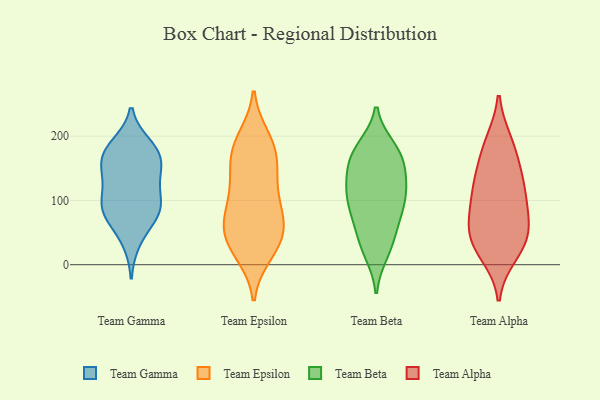
{"axis": {"x": "Budget (USD K)", "y": "Value"}, "legend": ["Team Alpha", "Team Beta", "Team Epsilon", "Team Gamma"], "data": [{"x": "", "y": 167, "type": "Team Gamma"}, {"x": "", "y": 166, "type": "Team Gamma"}, {"x": "", "y": 98, "type": "Team Gamma"}, {"x": "", "y": 186, "type": "Team Gamma"}, {"x": "", "y": 133, "type": "Team Gamma"}, {"x": "", "y": 78, "type": "Team Gamma"}, {"x": "", "y": 70, "type": "Team Gamma"}, {"x": "", "y": 182, "type": "Team Gamma"}, {"x": "", "y": 36, "type": "Team Gamma"}, {"x": "", "y": 95, "type": "Team Gamma"}, {"x": "", "y": 95, "type": "Team Gamma"}, {"x": "", "y": 82, "type": "Team Gamma"}, {"x": "", "y": 135, "type": "Team Gamma"}, {"x": "", "y": 172, "type": "Team Gamma"}, {"x": "", "y": 144, "type": "Team Gamma"}, {"x": "", "y": 16, "type": "Team Epsilon"}, {"x": "", "y": 36, "type": "Team Epsilon"}, {"x": "", "y": 103, "type": "Team Epsilon"}, {"x": "", "y": 168, "type": "Team Epsilon"}, {"x": "", "y": 19, "type": "Team Epsilon"}, {"x": "", "y": 191, "type": "Team Epsilon"}, {"x": "", "y": 28, "type": "Team Epsilon"}, {"x": "", "y": 65, "type": "Team Epsilon"}, {"x": "", "y": 66, "type": "Team Epsilon"}, {"x": "", "y": 170, "type": "Team Epsilon"}, {"x": "", "y": 190, "type": "Team Epsilon"}, {"x": "", "y": 142, "type": "Team Epsilon"}, {"x": "", "y": 54, "type": "Team Epsilon"}, {"x": "", "y": 129, "type": "Team Epsilon"}, {"x": "", "y": 54, "type": "Team Epsilon"}, {"x": "", "y": 151, "type": "Team Epsilon"}, {"x": "", "y": 91, "type": "Team Epsilon"}, {"x": "", "y": 198, "type": "Team Epsilon"}, {"x": "", "y": 63, "type": "Team Epsilon"}, {"x": "", "y": 103, "type": "Team Epsilon"}, {"x": "", "y": 64, "type": "Team Beta"}, {"x": "", "y": 73, "type": "Team Beta"}, {"x": "", "y": 113, "type": "Team Beta"}, {"x": "", "y": 117, "type": "Team Beta"}, {"x": "", "y": 148, "type": "Team Beta"}, {"x": "", "y": 113, "type": "Team Beta"}, {"x": "", "y": 110, "type": "Team Beta"}, {"x": "", "y": 135, "type": "Team Beta"}, {"x": "", "y": 31, "type": "Team Beta"}, {"x": "", "y": 19, "type": "Team Beta"}, {"x": "", "y": 178, "type": "Team Beta"}, {"x": "", "y": 158, "type": "Team Beta"}, {"x": "", "y": 172, "type": "Team Beta"}, {"x": "", "y": 182, "type": "Team Beta"}, {"x": "", "y": 92, "type": "Team Beta"}, {"x": "", "y": 172, "type": "Team Beta"}, {"x": "", "y": 77, "type": "Team Beta"}, {"x": "", "y": 31, "type": "Team Beta"}, {"x": "", "y": 73, "type": "Team Alpha"}, {"x": "", "y": 189, "type": "Team Alpha"}, {"x": "", "y": 127, "type": "Team Alpha"}, {"x": "", "y": 191, "type": "Team Alpha"}, {"x": "", "y": 40, "type": "Team Alpha"}, {"x": "", "y": 68, "type": "Team Alpha"}, {"x": "", "y": 85, "type": "Team Alpha"}, {"x": "", "y": 32, "type": "Team Alpha"}, {"x": "", "y": 163, "type": "Team Alpha"}, {"x": "", "y": 122, "type": "Team Alpha"}, {"x": "", "y": 107, "type": "Team Alpha"}, {"x": "", "y": 27, "type": "Team Alpha"}, {"x": "", "y": 135, "type": "Team Alpha"}, {"x": "", "y": 16, "type": "Team Alpha"}, {"x": "", "y": 52, "type": "Team Alpha"}]}